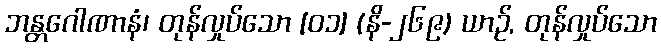
ဘန္တဂေါဏာနံ၊ တုန်လှုပ်သော [၀၁] (နိ-၂၆၉) ယာဉ်, တုန်လှုပ်သော